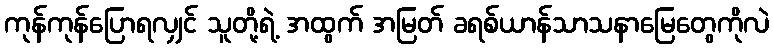
ကုန်ကုန်ပြောရလျှင် သူတို့ရဲ့ အထွက် အမြတ် ခရစ်ယာန်သာသနာမြေတွေကိုလဲ